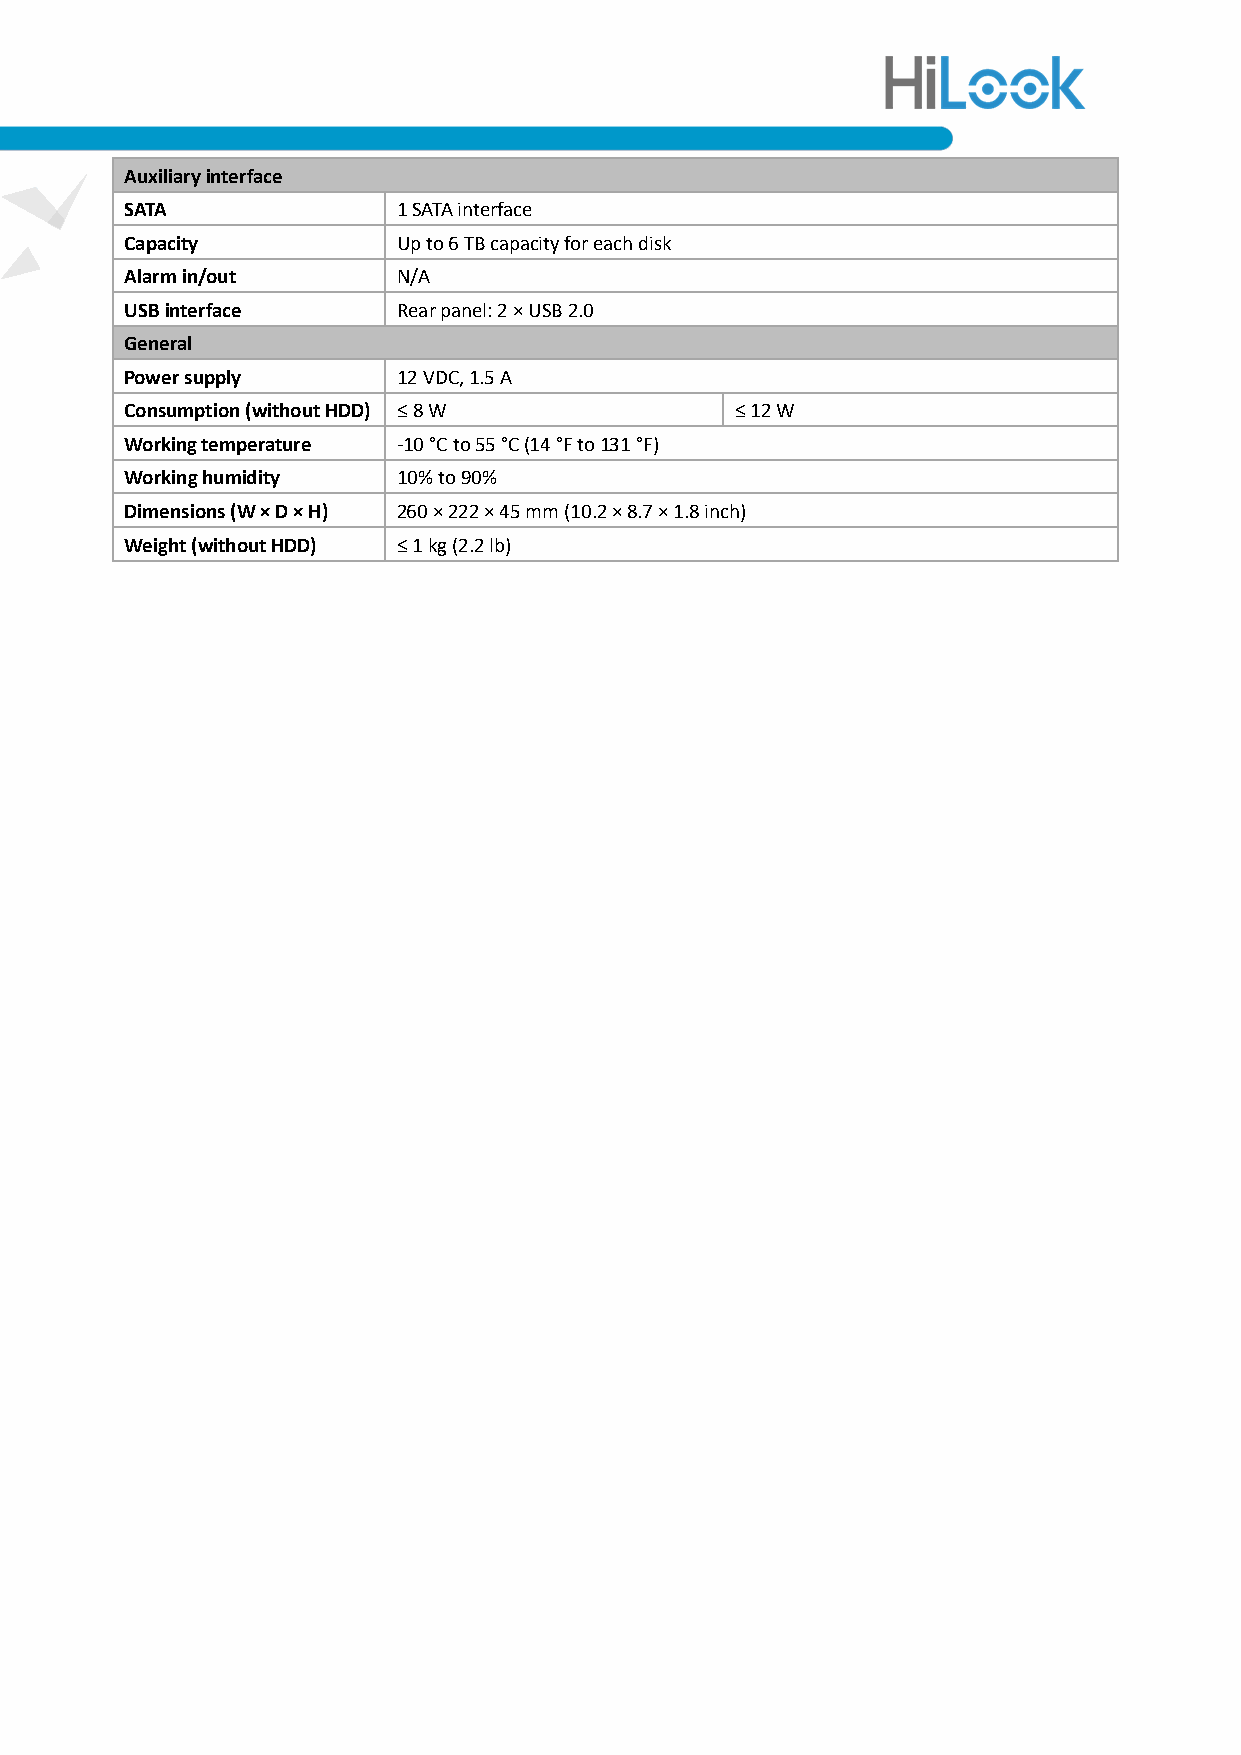
Auxiliary interface
 SATA              1 SATA interface
 Capacity          Up to 6 TB capacity for each disk
 Alarm in/out      N/A
 USB interface     Rear panel: 2 × USB 2.0
 General
 Power supply      12 VDC, 1.5 A
 Consumption (without HDD) ≤ 8 W          ≤ 12 W
 Working temperature -10 °C to 55 °C (14 °F to 131 °F)
 Working humidity  10% to 90%
 Dimensions (W × D × H) 260 × 222 × 45 mm (10.2 × 8.7 × 1.8 inch)
 Weight (without HDD) ≤ 1 kg (2.2 lb)